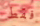
فقط